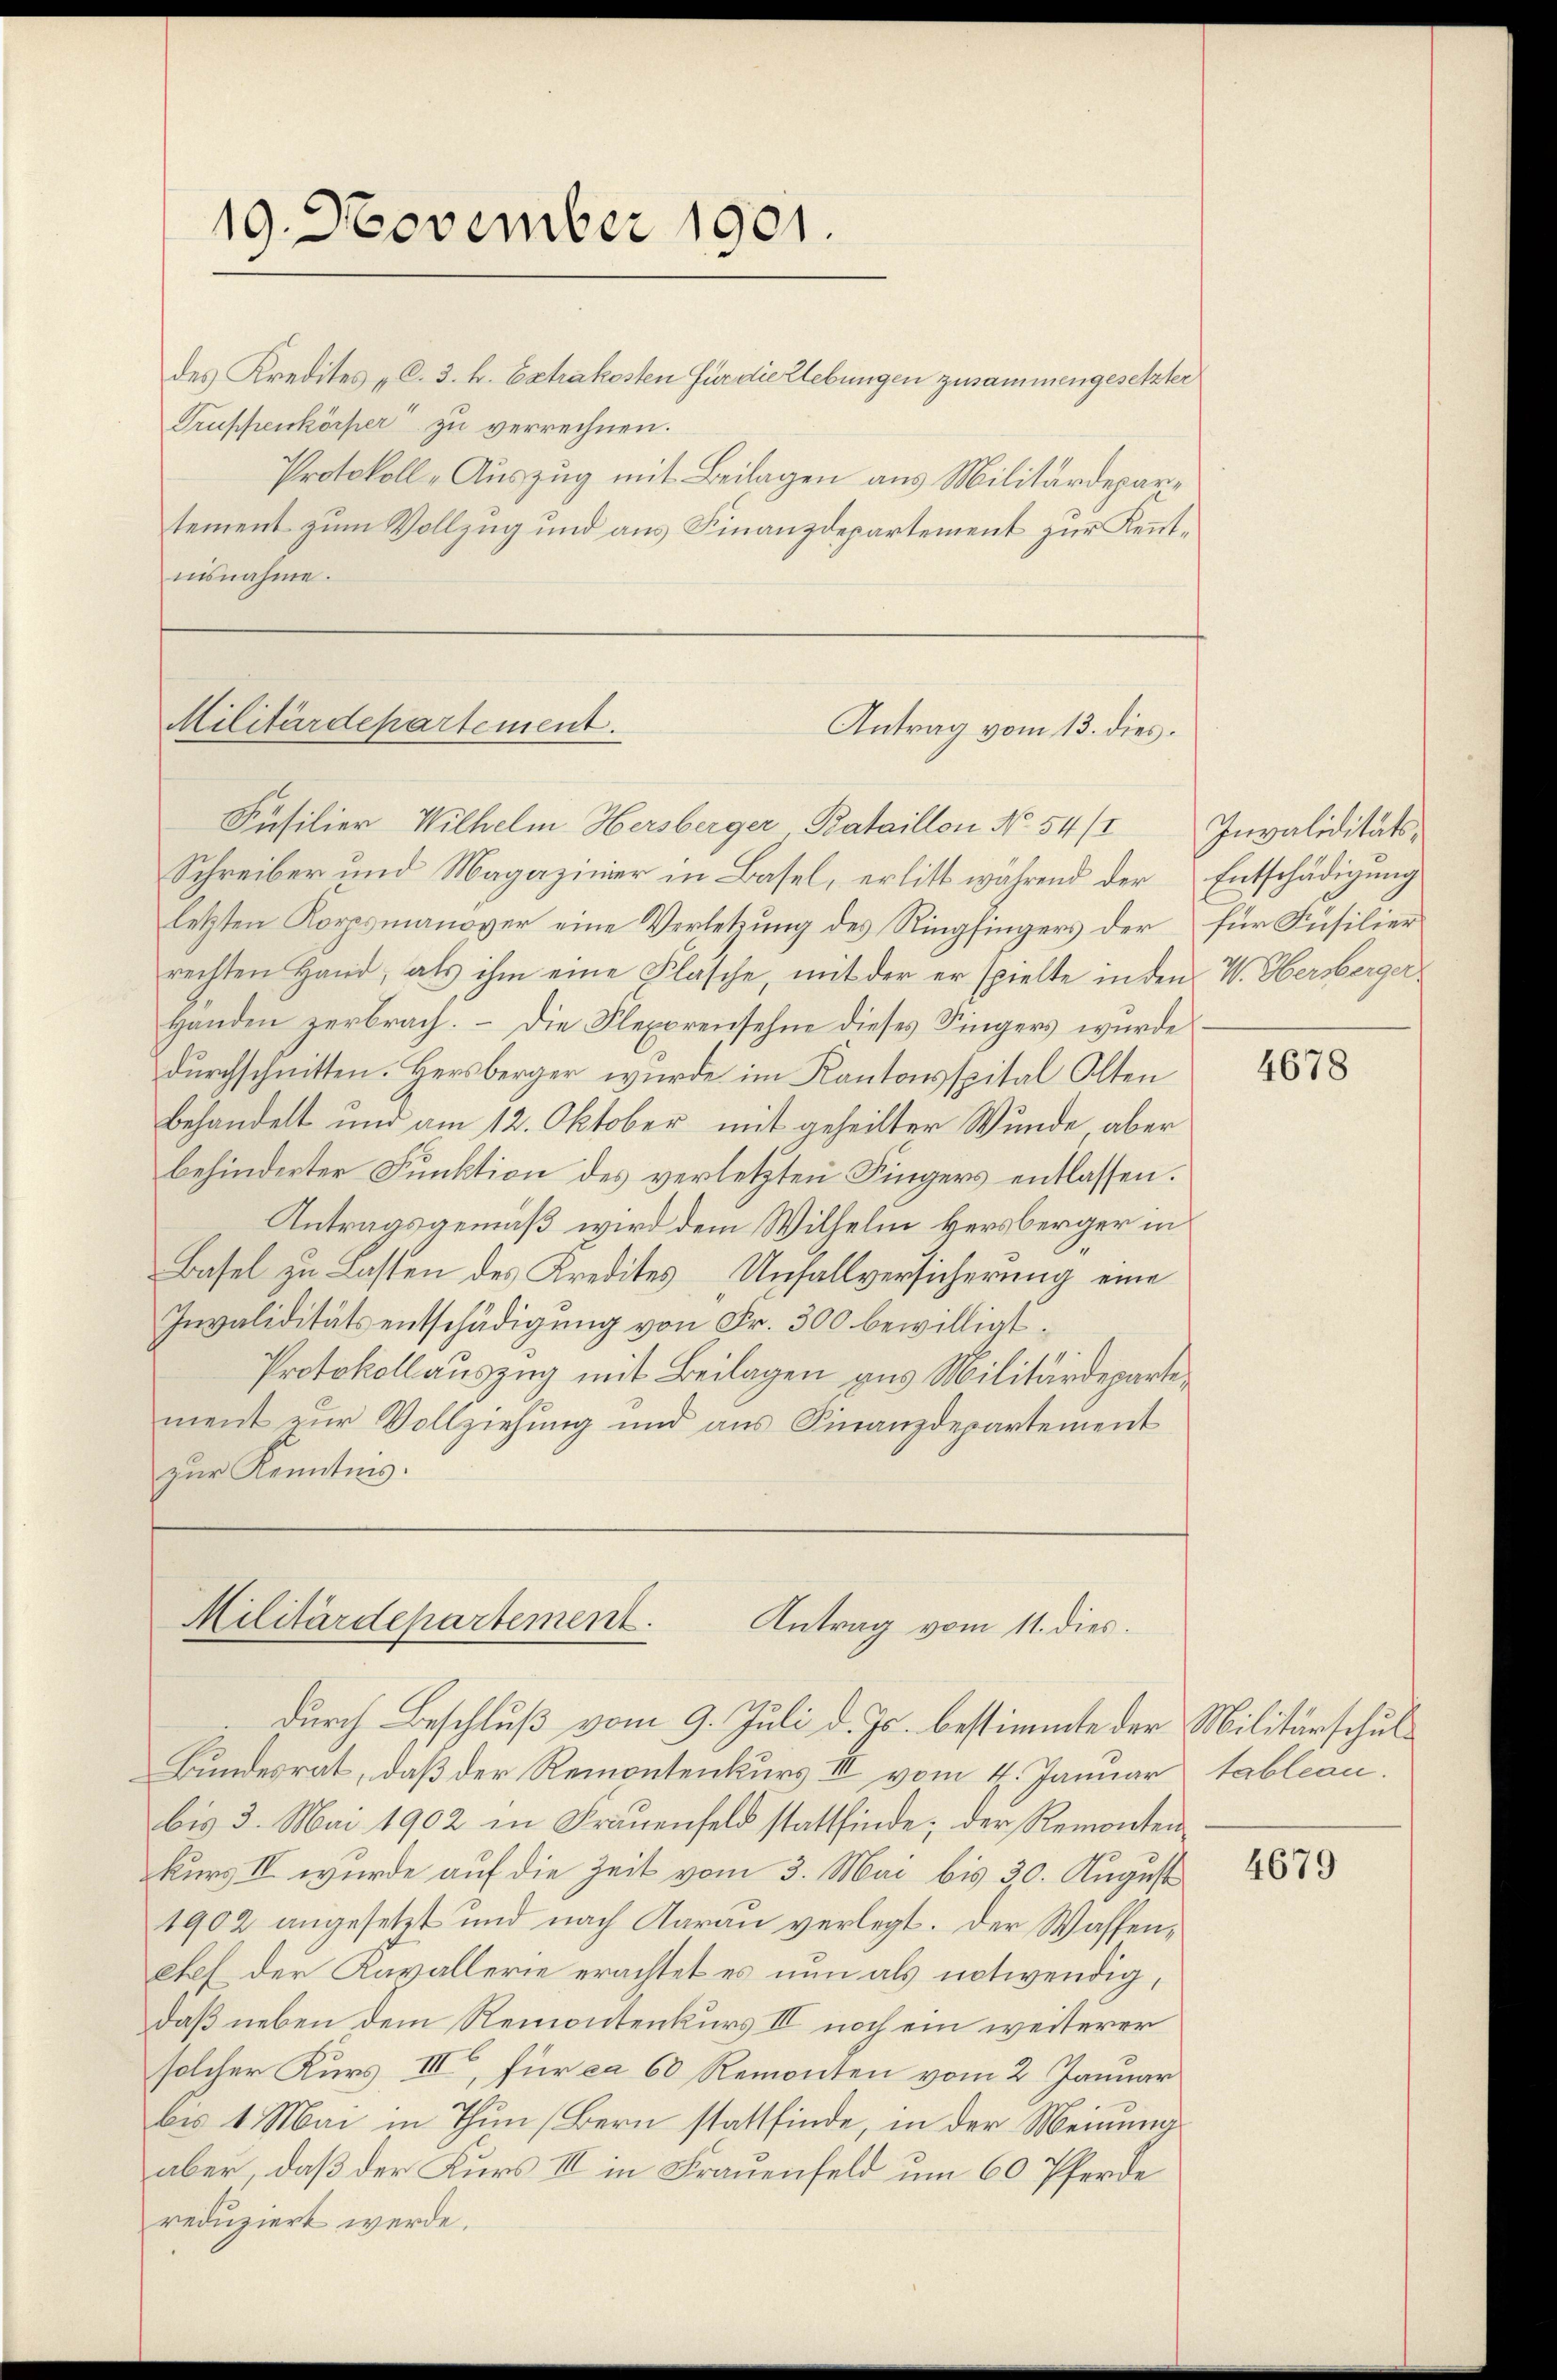
19. November 1901.

des Kredites „C. 3. k. Extrakosten für die Uebungen zusammengesetzter
Truppenkörper zu verrechnen.
Protokoll „Auszug mit Beilagen aus Militärdepartement zum Vollzug und aus Finanzdepartement zur Kenntiisnahme.

Militärdepartement.

Füsilier Wilhelm Hersberger Bataillon No 54/
Schreiber und Magazinier in Basel, erlitt während der
letzten Korpsmanover eine Verletzung des Ringfingers der
rechten Hand, als ihm eine Flasche, mit der er spielte in den V. Obersberger
Handen zerbrach. – Die Flexorensehne dieses Singers wurde
durchschnitten. Hersberger wurde im Kantonsspital Olten
behandelt und am 12. Oktober mit geheilter Wunde, aber
behinderter Funktion des verletzten Fingers entlassen.
Antragsgemäß wird dem Wilhelm Hersberger in
Basel zu Lasten des Kredites Unfallversicherung eine
Invaliditätsentschädigung von Fr. 300 bewilligt.
Protokollauszug mit Beilagen aus Militärdepartement zur Vollziehung und aus Finanzdepartement
zur Kenntnis.

Antrag vom 13. dies

Militärdepartement.
Antrag vom 11. dies.
durch Beschluß vom 9. Juli d. Js. bestimmte der Militärschul¬

Bundesrat, daß der Remontenkurs III vom 4. Januar
bis 3. Mai 1902 in Frauenfeld stattfinde; der Remonten
kurs II wurde auf die Zeit vom 3. Mai bis 30. August
1902 angesetzt und nach Aarau verlegt. Der Wassenetes der Kavallerie erachtet es nun als notwendig,
daß neben dem Remontenkurs III noch ein weiterer
solcher Kurs III, für ca 60 Remonten vom 2. Januar
bis 1 Mai in Thun (Bern stattfinde, in der Meinung
aber, daß der Kurs III in Frauenfeld um 60 Pferde
reduziert werde.

Invaliditäts¬
Entschädigung
für Füsilier

4678

tableau.

4679